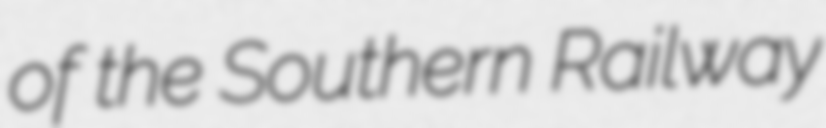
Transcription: of the Southern Railway